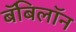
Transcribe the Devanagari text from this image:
बॅबिलॉन